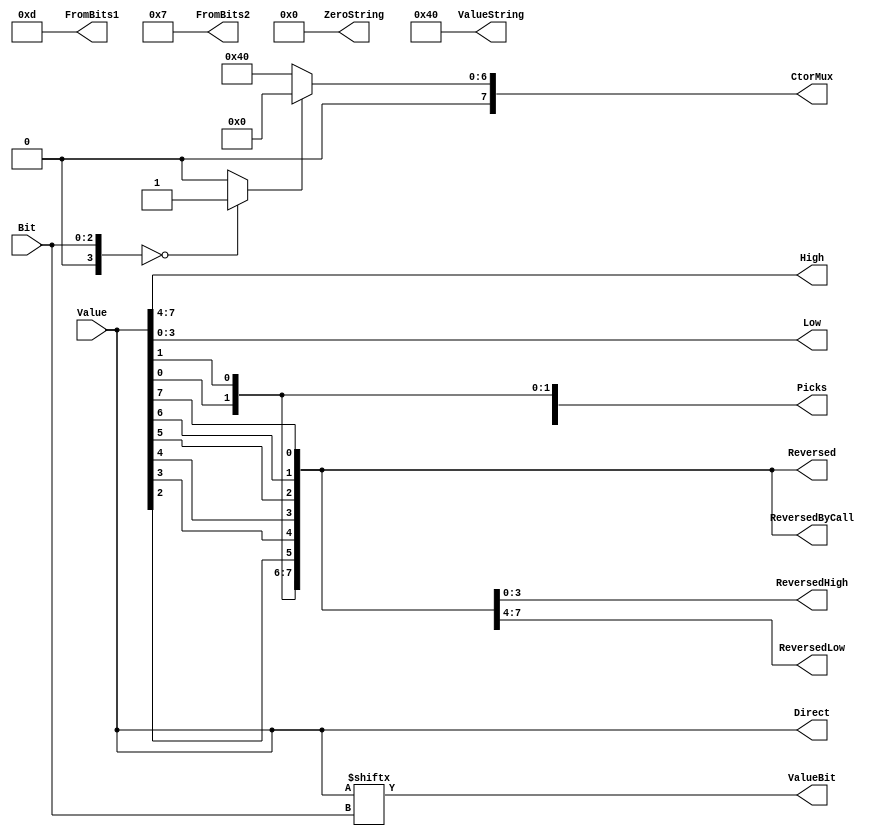
`timescale 1ns/1ps
`default_nettype none
// PLEASE READ THIS, IT MAY SAVE YOU SOME TIME AND MONEY, THANK YOU!
// * This file was generated by Quokka FPGA Toolkit.
// * Generated code is your property, do whatever you want with it
// * Place custom code between [BEGIN USER ***] and [END USER ***].
// * CAUTION: All code outside of [USER] scope is subject to regeneration.
// * Bad things happen sometimes in developer's life,
//   it is recommended to use source control management software (e.g. git, bzr etc) to keep your custom code safe'n'sound.
// * Internal structure of code is subject to change.
//   You can use some of signals in custom code, but most likely they will not exist in future (e.g. will get shorter or gone completely)
// * Please send your feedback, comments, improvement ideas etc. to evmuryshkin@gmail.com
// * Visit https://github.com/EvgenyMuryshkin/QuokkaEvaluation to access latest version of playground
//
// DISCLAIMER:
//   Code comes AS-IS, it is your responsibility to make sure it is working as expected
//   no responsibility will be taken for any loss or damage caused by use of Quokka toolkit.
//
// System configuration name is BitArrayModule_TopLevel, clock frequency is 1Hz, Top-level
// FSM summary
// -- Packages
module BitArrayModule_TopLevel
(
	// [BEGIN USER PORTS]
	// [END USER PORTS]
	input wire [2:0] Bit,
	input wire [7:0] Value,
	output wire [7:0] CtorMux,
	output wire [7:0] Direct,
	output wire [3:0] FromBits1,
	output wire [3:0] FromBits2,
	output wire [3:0] High,
	output wire [3:0] Low,
	output wire [3:0] Picks,
	output wire [7:0] Reversed,
	output wire [7:0] ReversedByCall,
	output wire [3:0] ReversedHigh,
	output wire [3:0] ReversedLow,
	output wire ValueBit,
	output wire [7:0] ValueString,
	output wire [7:0] ZeroString
);
	// [BEGIN USER SIGNALS]
	// [END USER SIGNALS]
	localparam HiSignal = 1'b1;
	localparam LoSignal = 1'b0;
	wire Zero = 1'b0;
	wire One = 1'b1;
	wire true = 1'b1;
	wire false = 1'b0;
	wire BitArrayModule_L29F53T54_Expr = 1'b0;
	wire [7: 0] BitArrayModule_L29F98T108_Expr = 8'b00000000;
	wire [7: 0] BitArrayModule_L29F153T163_Expr = 8'b01000000;
	wire BitArrayModule_L24F82T86_Expr = 1'b1;
	wire BitArrayModule_L24F88T92_Expr = 1'b1;
	wire BitArrayModule_L24F94T99_Expr = 1'b0;
	wire BitArrayModule_L24F101T105_Expr = 1'b1;
	wire BitArrayModule_L25F82T87_Expr = 1'b0;
	wire BitArrayModule_L25F89T93_Expr = 1'b1;
	wire BitArrayModule_L25F95T99_Expr = 1'b1;
	wire BitArrayModule_L25F101T105_Expr = 1'b1;
	wire [7: 0] BitArrayModule_L27F84T94_Expr = 8'b01000000;
	wire [7: 0] BitArrayModule_L26F83T93_Expr = 8'b00000000;
	wire [2: 0] Inputs_Bit;
	wire [7: 0] Inputs_Value;
	wire [7: 0] Bits;
	wire [7: 0] BitArrayModule_L29F39T164_WhenTrue;
	wire [7: 0] BitArrayModule_L29F39T164_WhenFalse;
	wire [7: 0] BitArrayModule_L29F39T164_Ternary;
	wire [3: 0] BitArrayModule_L24F41T106_Source;
	wire [3: 0] BitArrayModule_L25F41T106_Source;
	wire [3: 0] BitArrayModule_L18F36T46_Index;
	wire [3: 0] BitArrayModule_L19F35T45_Index;
	wire [1: 0] BitArrayModule_L23F78T87_Index;
	wire [1: 0] BitArrayModule_L23F89T98_Index;
	wire [3: 0] BitArrayModule_L23F37T99_Source;
	wire [7: 0] BitArrayModule_L20F40T50_Index;
	wire [3: 0] BitArrayModule_L21F44T54_Index;
	wire [3: 0] BitArrayModule_L22F43T53_Index;
	wire BitArrayModule_L15F33T49_Index;
	wire [7: 0] BitArrayModule_L17F46T61_Expr;
	wire [7: 0] BitArrayModule_L17F46T61_Expr_1;
	wire BitArrayModule_L29F39T54_Expr;
	wire signed [3: 0] BitArrayModule_L29F39T54_ExprLhs;
	wire signed [3: 0] BitArrayModule_L29F39T54_ExprRhs;
	assign BitArrayModule_L29F39T54_Expr = BitArrayModule_L29F39T54_ExprLhs == BitArrayModule_L29F39T54_ExprRhs ? 1'b1 : 1'b0;
	genvar LogicalFunctionLogicalFunction1_idx;
	generate
		for (LogicalFunctionLogicalFunction1_idx = 7; (LogicalFunctionLogicalFunction1_idx >= 0); LogicalFunctionLogicalFunction1_idx = (LogicalFunctionLogicalFunction1_idx - 1))
		begin : LogicalFunctionLogicalFunction1_idxReverse
			assign BitArrayModule_L17F46T61_Expr[LogicalFunctionLogicalFunction1_idx] = BitArrayModule_L17F46T61_Expr_1[7 - LogicalFunctionLogicalFunction1_idx];
		end
	endgenerate
	assign BitArrayModule_L29F39T164_Ternary = (BitArrayModule_L29F39T54_Expr ? BitArrayModule_L29F39T164_WhenTrue : BitArrayModule_L29F39T164_WhenFalse);
	assign BitArrayModule_L29F39T54_ExprLhs = {
		1'b0,
		Inputs_Bit
	}
	;
	assign BitArrayModule_L29F39T54_ExprRhs = {
		{3{1'b0}},
		BitArrayModule_L29F53T54_Expr
	}
	;
	assign BitArrayModule_L17F46T61_Expr_1 = Bits;
	assign Inputs_Bit = Bit;
	assign Inputs_Value = Value;
	assign Bits = Inputs_Value;
	assign BitArrayModule_L29F39T164_WhenTrue = BitArrayModule_L29F98T108_Expr;
	assign BitArrayModule_L29F39T164_WhenFalse = BitArrayModule_L29F153T163_Expr;
	assign CtorMux = BitArrayModule_L29F39T164_Ternary;
	assign Direct = Bits;
	assign BitArrayModule_L24F41T106_Source = {
		BitArrayModule_L24F82T86_Expr,
		BitArrayModule_L24F88T92_Expr,
		BitArrayModule_L24F94T99_Expr,
		BitArrayModule_L24F101T105_Expr
	}
	;
	assign FromBits1 = BitArrayModule_L24F41T106_Source;
	assign BitArrayModule_L25F41T106_Source = {
		BitArrayModule_L25F82T87_Expr,
		BitArrayModule_L25F89T93_Expr,
		BitArrayModule_L25F95T99_Expr,
		BitArrayModule_L25F101T105_Expr
	}
	;
	assign FromBits2 = BitArrayModule_L25F41T106_Source;
	assign BitArrayModule_L18F36T46_Index = Bits[7:4];
	assign High = BitArrayModule_L18F36T46_Index;
	assign BitArrayModule_L19F35T45_Index = Bits[3:0];
	assign Low = BitArrayModule_L19F35T45_Index;
	assign BitArrayModule_L23F78T87_Index = Bits[6:5];
	assign BitArrayModule_L23F89T98_Index[0] = Bits[1];
	assign BitArrayModule_L23F89T98_Index[1] = Bits[0];
	assign BitArrayModule_L23F37T99_Source = {
		BitArrayModule_L23F78T87_Index,
		BitArrayModule_L23F89T98_Index
	}
	;
	assign Picks = BitArrayModule_L23F37T99_Source;
	assign BitArrayModule_L20F40T50_Index[0] = Bits[7];
	assign BitArrayModule_L20F40T50_Index[1] = Bits[6];
	assign BitArrayModule_L20F40T50_Index[2] = Bits[5];
	assign BitArrayModule_L20F40T50_Index[3] = Bits[4];
	assign BitArrayModule_L20F40T50_Index[4] = Bits[3];
	assign BitArrayModule_L20F40T50_Index[5] = Bits[2];
	assign BitArrayModule_L20F40T50_Index[6] = Bits[1];
	assign BitArrayModule_L20F40T50_Index[7] = Bits[0];
	assign Reversed = BitArrayModule_L20F40T50_Index;
	assign ReversedByCall = BitArrayModule_L17F46T61_Expr;
	assign BitArrayModule_L21F44T54_Index[0] = Bits[7];
	assign BitArrayModule_L21F44T54_Index[1] = Bits[6];
	assign BitArrayModule_L21F44T54_Index[2] = Bits[5];
	assign BitArrayModule_L21F44T54_Index[3] = Bits[4];
	assign ReversedHigh = BitArrayModule_L21F44T54_Index;
	assign BitArrayModule_L22F43T53_Index[0] = Bits[3];
	assign BitArrayModule_L22F43T53_Index[1] = Bits[2];
	assign BitArrayModule_L22F43T53_Index[2] = Bits[1];
	assign BitArrayModule_L22F43T53_Index[3] = Bits[0];
	assign ReversedLow = BitArrayModule_L22F43T53_Index;
	assign BitArrayModule_L15F33T49_Index = Bits[Inputs_Bit];
	assign ValueBit = BitArrayModule_L15F33T49_Index;
	assign ValueString = BitArrayModule_L27F84T94_Expr;
	assign ZeroString = BitArrayModule_L26F83T93_Expr;
	// [BEGIN USER ARCHITECTURE]
	// [END USER ARCHITECTURE]
endmodule